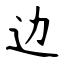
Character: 边